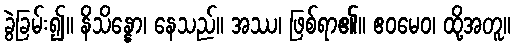
ခွဲခြမ်း၍။ နိသိန္နော၊ နေသည်။ အဿ၊ ဖြစ်ရာ၏။ ဧဝမေဝ၊ ထို့အတူ။